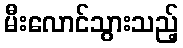
မီးလောင်သွားသည့်